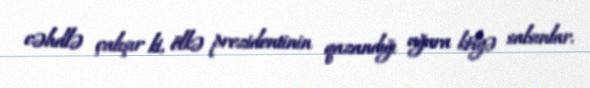
cəhdlə çalışır ki, ölkə prezidentinin qazandığı uğura kölgə salsınlar.